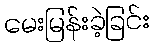
မေးမြန်းခဲ့ခြင်း